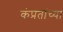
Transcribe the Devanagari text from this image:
कंप्रतांच्या